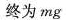
终为mg